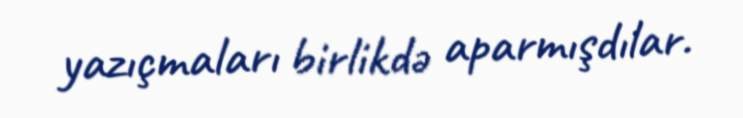
yazıçmaları birlikdə aparmışdılar.